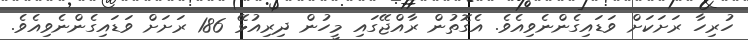
ހުރިހާ ރަށަކަށް ވަޑައިގެންނެވިއެވެ. އެގޮތުން ރާއްޖޭގައި މީހުން ދިރިއުޅޭ 186 ރަށަށް ވަޑައިގެންނެވިއެވެ.